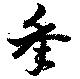
年